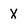
Character: X